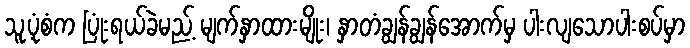
သူ့ပုံစံက ပြုံးရယ်ခဲမည့် မျက်နှာထားမျိုး၊ နှာတံချွန်ချွန်အောက်မှ ပါးလျသောပါးစပ်မှာ